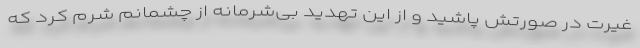
غیرت در صورتش پاشید و از این تهدید بی‌شرمانه از چشمانم شرم کرد که